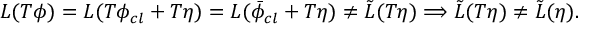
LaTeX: { \cal { L } } ( T \phi ) = { \cal { L } } ( T \phi _ { c l } + T \eta ) = { \cal { L } } ( \bar { \phi } _ { c l } + T \eta ) \neq { \cal { \tilde { L } } } ( T \eta ) \Longrightarrow { \cal { \tilde { L } } } ( T \eta ) \neq { \cal { \tilde { L } } } ( \eta ) .